Report on sanitation, dispensaries, and jails in Rajputana for 1920, and on vaccination for the year 1920-1921 - 1920-1921
Year: 1920
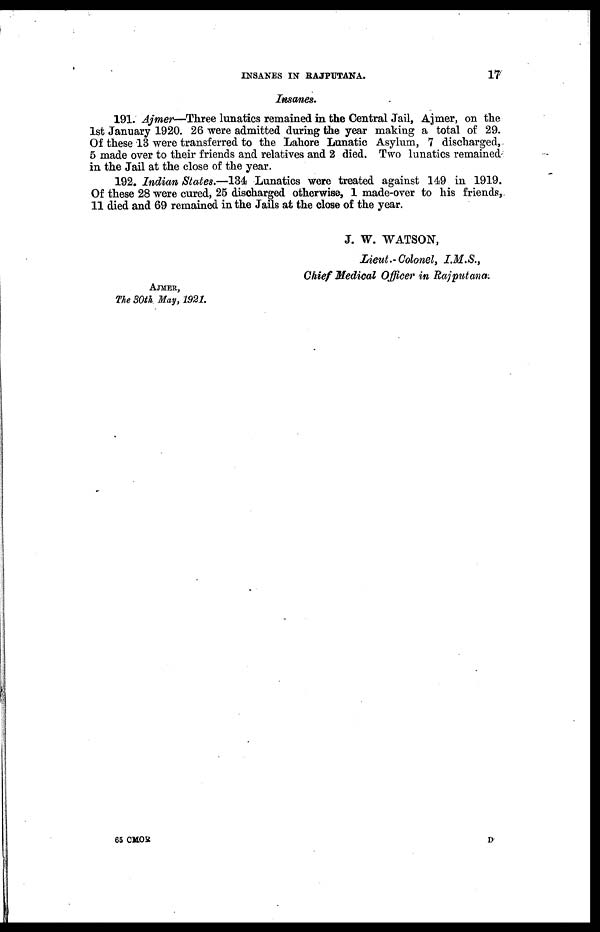
INSANES IN RAJPUTANA.
17
Insanes.
191. Ajmer—Three lunatics remained in the Central Jail, Ajmer, on the
1st January 1920. 26 were admitted during the year making a total of 29.
Of these 13 were transferred to the Lahore Lunatic Asylum, 7 discharged,
5 made over to their friends and relatives and 2 died. Two lunatics remained
in the Jail at the close of the year.
192. Indian States.—134 Lunatics were treated against 149 in 1919.
Of these 28 were cured, 25 discharged otherwise, 1 made-over to his friends,
11 died and 69 remained in the Jails at the close of the year.
AJMER,
The 30th May, 1921.
J. W. WATSON,
Lieut.-Colonel, I.M.S.,
Chief Medical Officer in Rajputana.
65 CMOR
D